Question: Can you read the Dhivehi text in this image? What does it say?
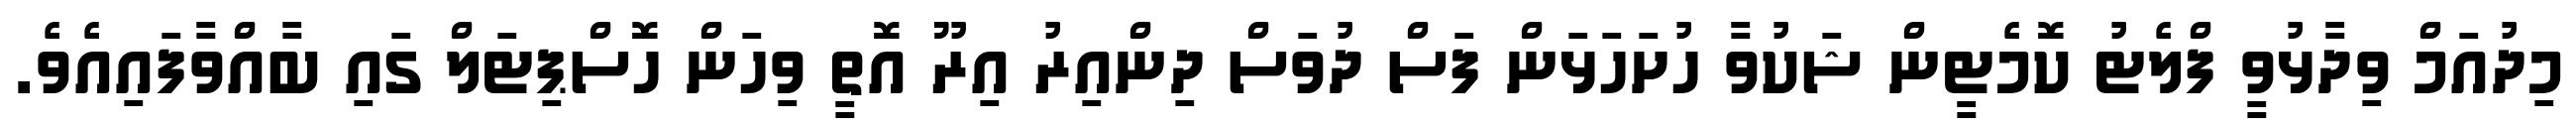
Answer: މިދުއަމް ވިދާޅުވީ ފްލެޓު ކޮމެޓީން ޝަކުވާ ހުށަހަޅަން ފަސް ދުވަސް ދިންއިރު އިރޫ އޮތީ ވިހަން ހޮސްޕިޓަލް ގައި ބާއްވާފައިއެވެ.